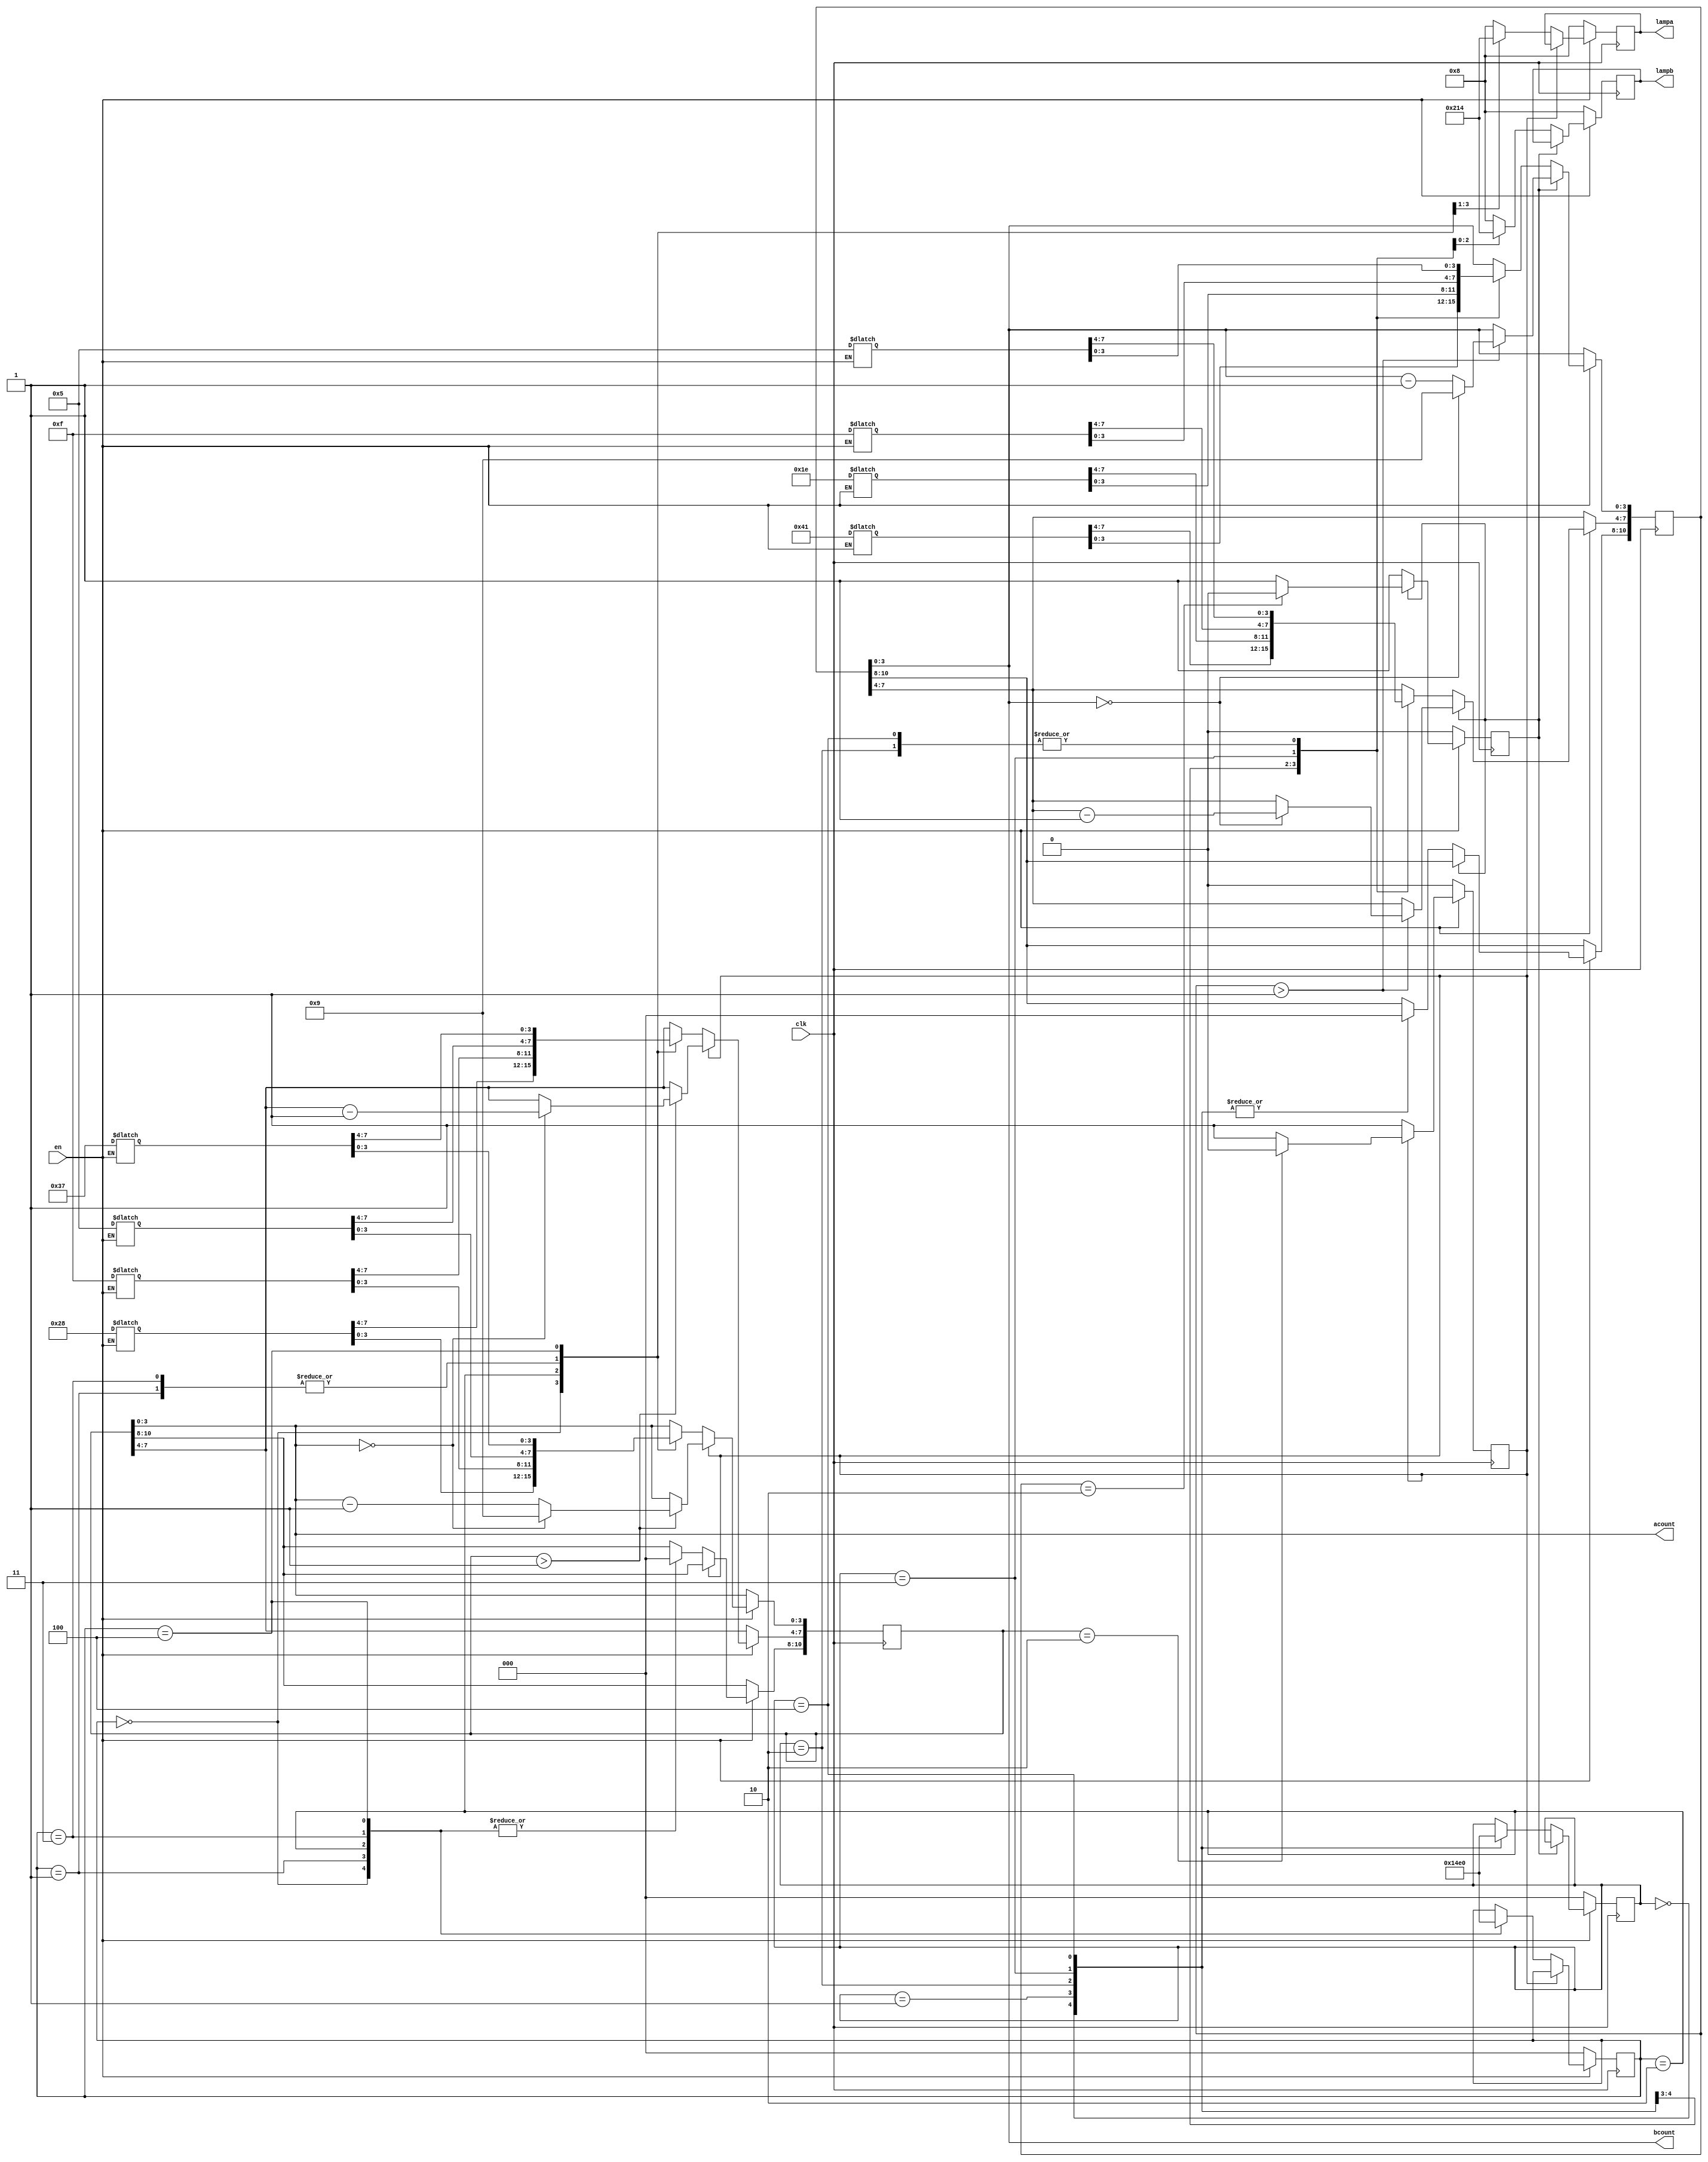
//

module traffic(clk,en,lampa,lampb,acount,bcount);

input clk;
input en;

output [3:0] lampa;
output [3:0] lampb;

output [3:0] acount;
output [3:0] bcount;

reg [10:0] numa;
reg [10:0] numb;
reg [7:0] ared;
reg [7:0] ayellow;
reg [7:0] agreen;
reg [7:0] aleft;
reg [7:0] bred;
reg [7:0] byellow;
reg [7:0] bgreen;
reg [7:0] bleft;
reg [3:0] lampa;
reg [3:0] lampb;
reg       tempa;
reg       tempb;

reg [2:0] counta;
reg [2:0] countb;
//numa  numb()
assign acount=numa;
assign bcount=numb;
//en  
always  @(en)begin
    if(!en)begin
        ared<=8'd55;
        ayellow<=8'd5;
        agreen<=8'd40;
        aleft<=8'd15;
        bred<=8'd65;
        byellow<=8'd5;
        bleft<=8'd15;
        bgreen<=8'd30;
    end
end
//en tempa 1    counta  
always  @(posedge clk)begin
    if(en)begin
        if(!tempa)begin
            tempa<=1;
            case(counta)
                0:begin
                    numa<=agreen;
                    lampa<=4'b0010;
                    counta<=1;
                end
                1: begin				//1
					numa<=ayellow;	//
					lampa<=4'b0100;			//0100
					counta<=2;		//
                end
				2: begin				//2
					numa<=aleft;		//
					lampa<=4'b0001;			//0001
					counta<=3;		//
				end
				3: begin				//3
					numa<=ayellow;	//
					lampa<=4'b0100;		//0100
					counta<=4;		//
				end
				4: begin			//4
					numa<=ared;		//
					lampa<=4'b1000;	//1000
					counta<=0;		//0
				end
				default:			//
					lampa<=4'b1000;	//1000
			endcase
		end
		else begin 					//
			if(numa>1)				//
				if(numa[3:0]==0) begin
					numa[3:0]<=4'b1001;
					numa[7:4]<=numa[7:4]-1;
				end
				else
					numa[3:0]<=numa[3:0]-1;
			if (numa==2)
				tempa<=0;		//
		end
	end
	else begin
		lampa<=4'b1000;		//
		counta<=0;			//A0()
		tempa<=0;				//
	end
end
	
		//BA
		always @(posedge clk) begin 
			if (en) begin
				if(!tempb) begin
					tempb<=1;
					case (countb) 
						0: begin
							numb<=bred;
							lampb<=8;
							countb<=1;
						end
						1: begin
							numb<=bgreen;
							lampb<=2;
							countb<=2;
						end
						2: begin
							numb<=byellow;
							lampb<=4;
							countb<=3;
						end
						3: begin
							numb<=bleft;
							lampb<=1;
							countb<=4;
						end
						4: begin
							numb<=byellow;
							lampb<=4;
							countb<=0;
						end
						default:
							lampb<=8;
					endcase
				end
				else begin //
					if(numb>1)
						if(!numb[3:0]) begin
							numb[3:0]<=9;
							numb[7:4]<=numb[7:4]-1;
						end
					else
						numb[3:0]<=numb[3:0]-1;
					if(numb==2)
						tempb<=0;
				end
			end
			else begin
				lampb<=4'b1000;
				tempb<=0;
				countb<=0;
			end
		end
endmodule